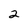
Character: 2